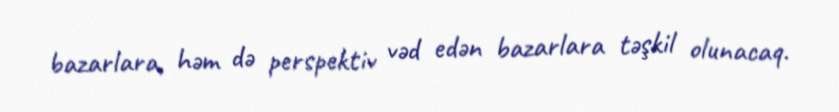
bazarlara, həm də perspektiv vəd edən bazarlara təşkil olunacaq.